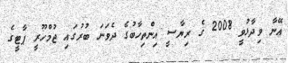
އޭނާ ވިދާޅުވީ 2008 ގެ ރިޔާސީ އިންތިހާބުގެ ދެވަނަ ބުރުގައި ޖުމްހޫރީ ޕާޓީގެ